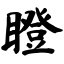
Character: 瞪